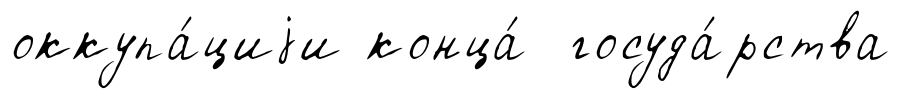
оккупа́циjи конца́ госуда́рства